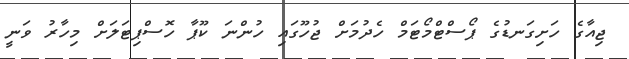
ޖިއާގެ ހަށިގަނޑުގެ ޕޯސްޓްމޯޓަމް ހެދުމަށް ޖުހޫގައި ހުންނަ ކޫޕާ ހޮސްޕިޓަލަށް މިހާރު ވަނީ